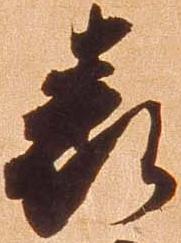
表